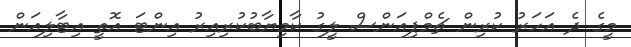
މީގެ ދެ އަހަރު ކުރިން ޗެމްޕިއަންސް ލީގު ކާމިޔާބުކުރިއިރު އިންޓަ އޮތީ އިޓާލިއަން